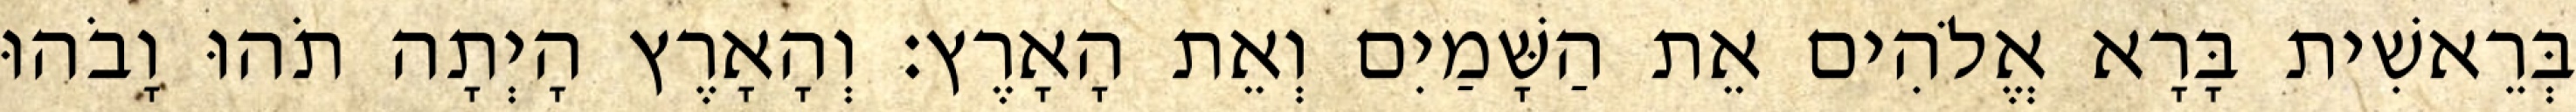
בְּרֵאשִׁית בָּרָא אֱלֹהִים אֵת הַשָּׁמַיִם וְאֵת הָאָרֶץ׃ וְהָאָרֶץ הָיְתָה תֹהוּ וָבֹהוּ